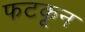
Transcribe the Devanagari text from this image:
फटकून